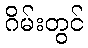
ဂိမ်းတွင်